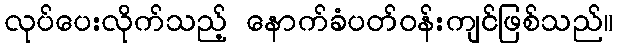
လုပ်ပေးလိုက်သည့် နောက်ခံပတ်ဝန်းကျင်ဖြစ်သည်။